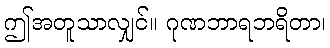
ဤအတူသာလျှင်။ ဂုဏဘာရဘရိတာ၊